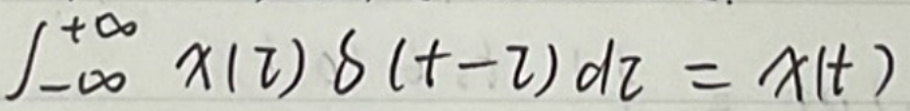
\[
\int_{-\infty}^{+\infty} x(\tau)\delta(t - \tau)d\tau = x(t)
\]